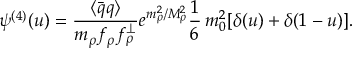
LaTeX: \psi ^ { ( 4 ) } ( u ) = \frac { \langle \bar { q } q \rangle } { m _ { \rho } f _ { \rho } f _ { \rho } ^ { \perp } } e ^ { m _ { \rho } ^ { 2 } / M _ { \rho } ^ { 2 } } \frac { 1 } { 6 } \, m _ { 0 } ^ { 2 } [ \delta ( u ) + \delta ( 1 - u ) ] .